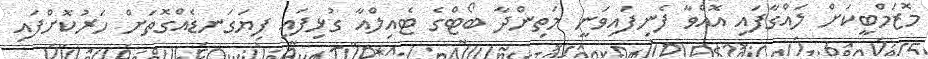
މޮޒަމްބީކަށް ލައްގާފައި އޮއްވާ ފެނިފައިވަނީ މަތިންދާ ބޯޓްގެ ޓެއިލްއާ ގުޅިފައި ފިޔަގަނޑެއްގޮތަށް ހަރުކޮށްފައި